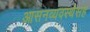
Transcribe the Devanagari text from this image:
आसनव्यवस्थेसह